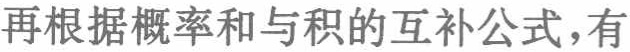
再根据概率和与积的互补公式，有